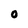
Character: 0